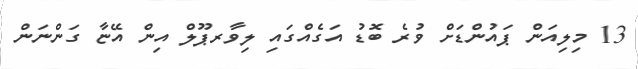
13 މިލިއަން ޕައުންޑަށް ވުރެ ބޮޑު އަގެއްގައި ލިވާރޕޫލް އިން އޭޏާ ގަންނަން